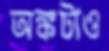
অঙ্কটাও